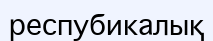
респубикалық